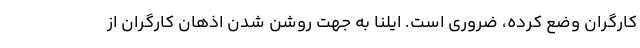
کارگران وضع کرده، ضروری است. ایلنا به جهت روشن شدن اذهان کارگران از